Regulations for the medical services of the Army of India
Year: 1930
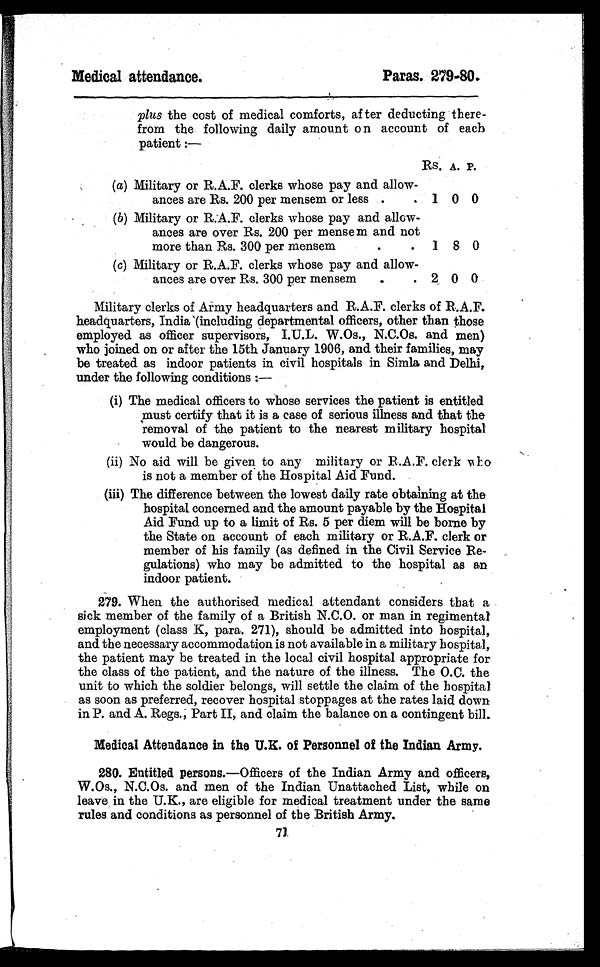
Medical attendance.
Paras. 279-80.
plus the cost of medical comforts, after deducting there
- f r o m t h e f o l l o w i n g d a i l y a m o u n t o n a c c o u n t o f e a c h
patient:—
Rs. A. P.
(a)M i l i t a r y o r R . A . F . c l e r k s w h o s e p a y a n d a l l o w-
ances are Rs. 200 per mensem or less . . . 1 0 0
(b) Military or R.A.F. clerks whose pay and allow -
ances are over Rs. 200 per mensem and not
more than Rs. 300 per mensem . . . 1 8 0
(c) Military or R.A.F. clerks whose pay and allow -
ances are over Rs. 300 per mensem . . . 2 0 0
Military clerks of Army headquarters and R.A.F. clerks of R.A.F.
headquarters, India (including departmental officers, other than those
employed as officer supervisors, I.U.L. W.Os., N.C.Os. and men)
who joined on or after the 15th January 1906, and their families, may
be treated as indoor patients in civil hospitals in Simla and Delhi,
under the following conditions:—
( i ) T h e m e d i c a l o f f i c e r s t o w h o s e s e r v i c e s t h e p a t i e n t i s e n t i t l e d
must certify that it is a case of serious illness and that the
removal of the patient to the nearest military hospital
would be dangerous.
(ii) No aid will be given to any military or R.A.F. clerk who
is not a member of the Hospital Aid Fund.
( i i i ) T h e d i f f e r e n c e b e t w e e n t h e l o w e s t d a i l y r a t e o b t a i n i n g a t t h e
hospital concerned and the amount payable by the Hospital
Aid Fund up to a limit of Rs. 5 per diem will be borne by
the State on account of each military or R.A.F. clerk or
member of his family (as defined in the Civil Service Re-
gulations) who may be admitted to the hospital as an
indoor patient.
279. When the authorised medical attendant considers that a
sick member of the family of a British N.C.O. or man in regimental
employment (class K, para. 271), should be admitted into hospital,
and the necessary accommodation is not available in a military hospital,
the patient may be treated in the local civil hospital appropriate for
the class of the patient, and the nature of the illness. The O.C. the
unit to which the soldier belongs, will settle the claim of the hospital
as soon as preferred, recover hospital stoppages at the rates laid down
in P. and A. Regs., Part II, and claim the balance on a contingent bill.
Medical Attendance in the U.K. of Personnel of the Indian Army.
280. Entitled persons.—Of f i cer so f t h e I n d i a n A r m y a n d o f f i c e r s ,
W.Os., N.C.Os. and men of the Indian Unattached List, while on
leave in the U.K., are eligible for medical treatment under the same
rules and conditions as personnel of the British Army.